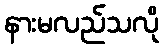
နားမလည်သလို